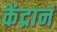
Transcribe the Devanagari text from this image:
केंद्रानं